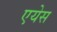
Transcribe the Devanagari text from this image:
एयेस